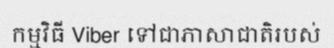
កម្មវិធី Viber ទៅជាភាសាជាតិរបស់